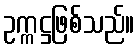
ဥက္ကဋ္ဌဖြစ်သည်။